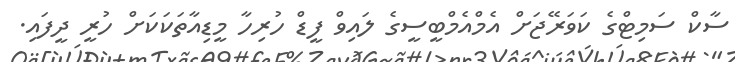
ސާކް ސަމިޓްގެ ކަވަރޭޖަށް އެމްއެމްބީސީގެ ލައިވް ފީޑް ހުރިހާ މީޑިއާތަކަކަށް ހުރީ ދީފައި.